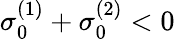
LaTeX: \sigma_{0}^{(1)}+\sigma_{0}^{(2)}<0